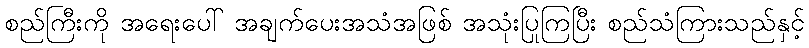
စည်ကြီးကို အရေးပေါ် အချက်ပေးအသံအဖြစ် အသုံးပြုကြပြီး စည်သံကြားသည်နှင့်